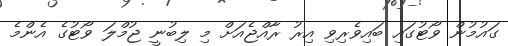
ގައުމުން ވޯޓުގައި ބައިވެރިވި އިރު ރާއްޖެއަށް މި ލިބުނީ ޖުމްލަ ވޯޓުގެ އެންމެ